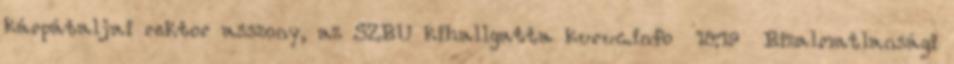
kárpátaljai rektor asszony, az SZBU kihallgatta kuruc.info 18:19 Bizalmatlansági